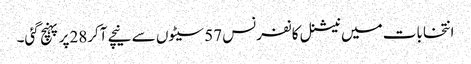
انتخابات میں نیشنل کانفرنس 57سیٹوں سے نیچے آکر28پر پہنچ گئی۔